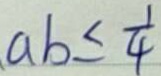
a b \leq \frac { 1 } { 4 }